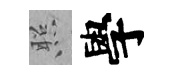
照學